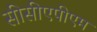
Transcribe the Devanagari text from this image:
सीसीएपीएम